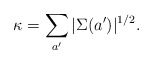
\begin{align*}\kappa=\sum_{a'}|\Sigma(a')|^{1/2}.\end{align*}